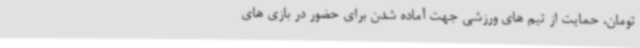
تومان، حمایت از تیم های ورزشی جهت آماده شدن برای حضور در بازی های